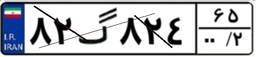
۸۲گ۸۲۴۶۵